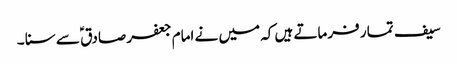
سیف تما ر فرماتے ہیں کہ میں نے امام جعفر صادق ؑ سے سنا ۔